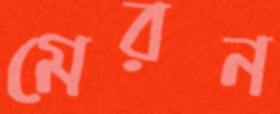
মেরন